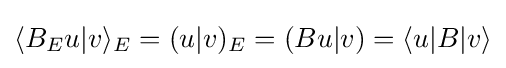
\langle B_{E}u|v\rangle _{E}=(u|v)_{E}=(Bu|v)=\langle u|B|v\rangle